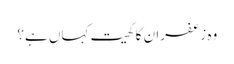
وہ زعفران کا کھیت کہاں ہے؟